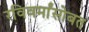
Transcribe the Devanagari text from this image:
रविवर्मांसोबत